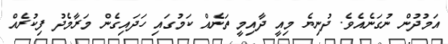
އަމުދުން ނުގަނެއެވެ. ދުނިޔެ މިއީ ދާއިމީ ތަނެއް ކަމުގައި ހަދައިގެން މަރާމެދު ފިކުރެއް